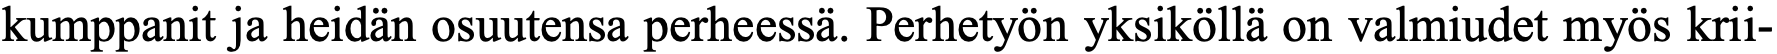
kumppanit ja heidän osuutensa perheessä. Perhetyön yksiköllä on valmiudet myös krii-